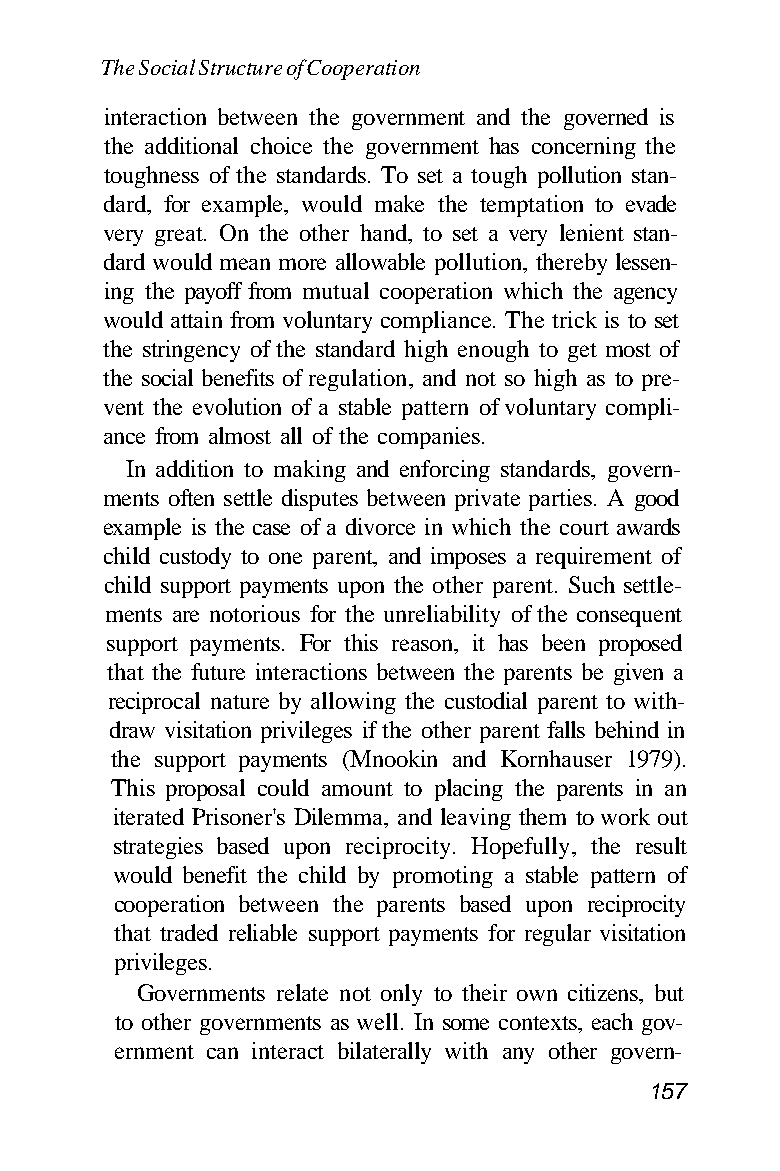
The Social Structure of Cooperation
 interaction between the government and the governed is
 the additional choice the government has concerning the
 toughness of the standards. To set a tough pollution stan-
 dard, for example, would make the temptation to evade
 very great. On the other hand, to set a very lenient stan-
 dard would mean more allowable pollution, thereby lessen-
 ing the payoff from mutual cooperation which the agency
 would attain from voluntary compliance. The trick is to set
 the stringency of the standard high enough to get most of
 the social benefits of regulation, and not so high as to pre-
 vent the evolution of a stable pattern of voluntary compli-
 ance from almost all of the companies.
 In addition to making and enforcing standards, govern-
 ments often settle disputes between private parties. A good
 example is the case of a divorce in which the court awards
 child custody to one parent, and imposes a requirement of
 child support payments upon the other parent. Such settle-
 ments are notorious for the unreliability of the consequent
 support payments. For this reason, it has been proposed
 that the future interactions between the parents be given a
 reciprocal nature by allowing the custodial parent to with-
 draw visitation privileges if the other parent falls behind in
 the support payments (Mnookin and Kornhauser 1979).
 This proposal could amount to placing the parents in an
 iterated Prisoner's Dilemma, and leaving them to work out
 strategies based upon reciprocity. Hopefully, the result
 would benefit the child by promoting a stable pattern of
 cooperation between the parents based upon reciprocity
 that traded reliable support payments for regular visitation
 privileges.
 Governments relate not only to their own citizens, but
 to other governments as well. In some contexts, each gov-
 ernment can interact bilaterally with any other govern-
 157